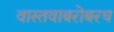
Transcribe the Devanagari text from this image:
वास्तवाबरोबरच